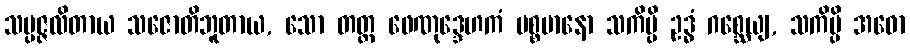
သမ္ပဇ္ဇလိတာယ သဇောတိဘူတာယ, သော တတ္ထ ဖေဏုဒ္ဒေဟကံ ပစ္စမာနော သကိမ္ပိ ဥဒ္ဓံ ဂစ္ဆေယျ, သကိမ္ပိ အဓော